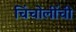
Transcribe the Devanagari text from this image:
चिंचोलींची